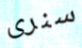
سنرى